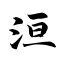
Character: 洹